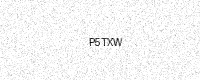
Text: P5TXW